Civil Veterinary Dept. Bombay admin report 1914-1922 - 1914-1922
Year: 1914
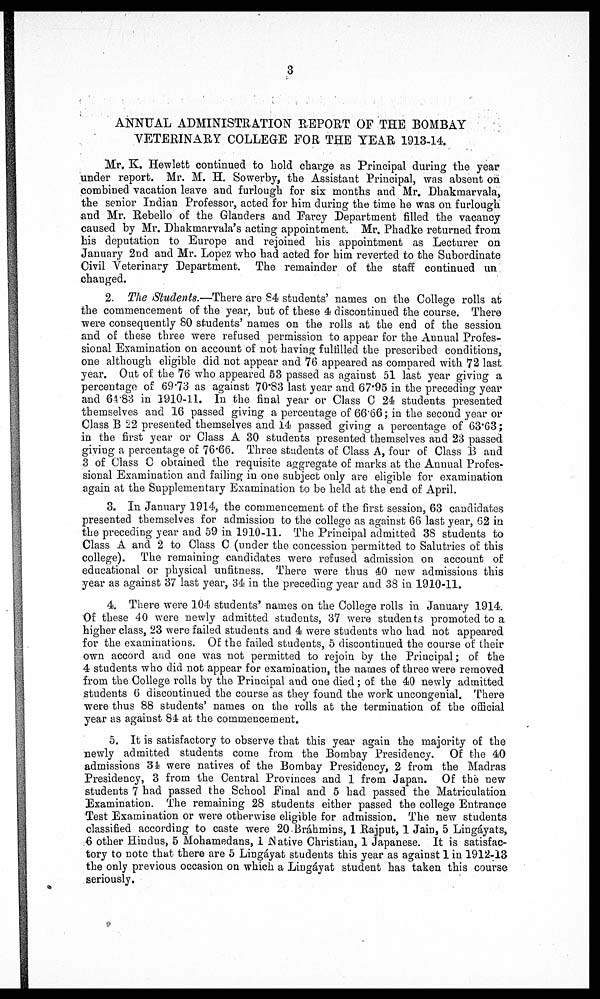
3
ANNUAL ADMINISTRATION REPORT OF THE BOMBAY
VETERINARY COLLEGE FOR THE YEAR 1913-14.
Mr. K. Hewlett continued to hold charge as Principal during the year
under report. Mr. M. H. Sowerby, the Assistant Principal, was absent on
combined vacation leave and furlough for six months and Mr. Dhakmarvala,
the senior Indian Professor, acted for him during the time he was on furlough
and Mr. Rebello of the Glanders and Farcy Department filled the vacancy
caused by Mr. Dhakmarvala's acting appointment. Mr. Phadke returned from
his deputation to Europe and rejoined his appointment as Lecturer on
January 2nd and Mr. Lopez who had acted for him reverted to the Subordinate
Civil Veterinary Department. The remainder of the staff continued un
changed.
2. The Students.—There are 84 students' names on the College rolls at
the commencement of the year, but of these 4 discontinued the course. There
were consequently 80 students' names on the rolls at the end of the session
and of these three were refused permission to appear for the Annual Profes-
sional Examination on account of not having fulfilled the prescribed conditions,
one although eligible did not appear and 76 appeared as compared with 72 last
year. Out of the 76 who appeared 53 passed as against 51 last year giving a
percentage of 69.73 as against 70.83 last year and 67.95 in the preceding year
and 64.83 in 1910-11. In the final year or Class C 24 students presented
themselves and 16 passed giving a percentage of 66.66; in the second year or
Class B 22 presented themselves and 14 passed giving a percentage of 63.63;
in the first year or Class A 30 students presented themselves and 23 passed
giving a percentage of 76.66. Three students of Class A, four of Class B and
3 of Class C obtained the requisite aggregate of marks at the Annual Profes-
sional Examination and failing in one subject only are eligible for examination
again at the Supplementary Examination to be held at the end of April.
3. In January 1914, the commencement of the first session, 63 candidates
presented themselves for admission to the college as against 66 last year, 62 in
the preceding year and 59 in 1910-11. The Principal admitted 38 students to
Class A and 2 to Class C (under the concession permitted to Salutries of this
college). The remaining candidates were refused admission on account of
educational or physical unfitness. There were thus 40 new admissions this
year as against 37 last year, 34 in the preceding year and 38 in 1910-11.
4. There were 104 students' names on the College rolls in January 1914.
Of these 40 were newly admitted students, 37 were students promoted to a
higher class, 23 were failed students and 4 were students who had not appeared
for the examinations. Of the failed students, 5 discontinued the course of their
own accord and one was not permitted to rejoin by the Principal; of the
4 students who did not appear for examination, the names of three were removed
from the College rolls by the Principal and one died ; of the 40 newly admitted
students 6 discontinued the course as they found the work uncongenial. There
were thus 88 students' names on the rolls at the termination of the official
year as against 84 at the commencement.
5. It is satisfactory to observe that this year again the majority of the
newly admitted students come from the Bombay Presidency. Of the 40
admissions 34 were natives of the Bombay Presidency, 2 from the Madras
Presidency, 3 from the Central Provinces and 1 from Japan. Of the new
students 7 had passed the School Final and 5 had passed the Matriculation
Examination. The remaining 28 students either passed the college Entrance
Test Examination or were otherwise eligible for admission. The new students
classified according to caste were 20 Bráhmins, 1 Rajput, 1 Jain, 5 Lingáyats,
6 other Hindus, 5 Mohamedans, 1 Native Christian, 1 Japanese. It is satisfac-
tory to note that there are 5 Lingáyat students this year as against 1 in 1912-13
the only previous occasion on which a Lingáyat student has taken this course
seriously.